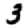
Digit: 3